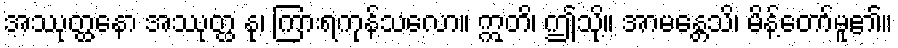
အဿုတ္ထနော အဿုတ္ထ နု၊ ကြားရကုန်သလော။ ဣတိ၊ ဤသို့။ အာမန္တေသိ၊ မိန့်တော်မူ၏။